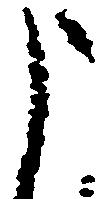
申